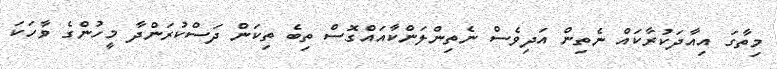
މިތާގަ އިއާދަކުރާކައް ނެތިން އަދިވެސް ނެތިންލަންކާއައްގޮސް ތިބެ ތިކަން ދަސްކުރަންދާ މީހުންގެ ވާހަކަ